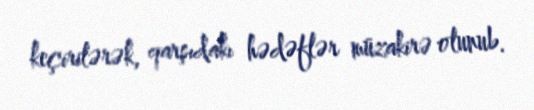
keçirilərək, qarşıdakı hədəflər müzakirə olunub.